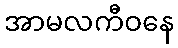
အာမလကီဝနေ